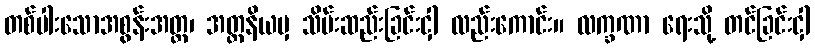
တစ်ပါးသောအစွန်းအတ္တ၊ အတ္တနိယမှ သိမ်းဆည်းခြင်းငှါ လည်းကောင်း။ လက္ခဏာ ရေးသို့ တင်ခြင်းငှါ